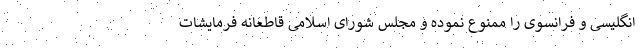
انگلیسی و فرانسوی را ممنوع نموده و مجلس شورای اسلامی قاطعانه فرمایشات